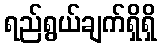
ရည်ရွယ်ချက်ရှိရှိ